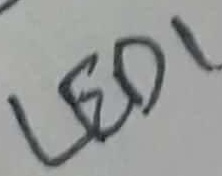
Text: LED